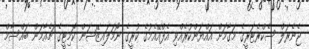
ޖެނެރަލް ސެކްރެޓަރީގެ މަގާމަށް އައްޔަންކުރެއްވި އެފްއޭއެމުގެ ކުރީގެ ނޯމަލައިޒޭޝަން ކޮމިޓީގެ ޗެއާމަން ބައްސާމް